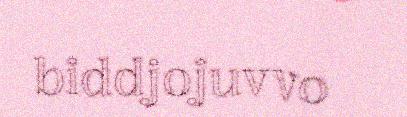
biddjojuvvo